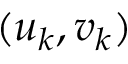
( u _ { k } , v _ { k } )